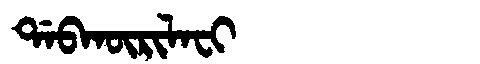
Manchu: ᡩᠠᠪᡴᡡᡵᡳᠯᠠᠸᡳ
Romanization: DABKŪRILAFI